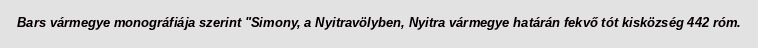
Bars vármegye monográfiája szerint "Simony, a Nyitravölyben, Nyitra vármegye határán fekvő tót kisközség 442 róm.